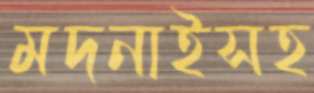
মদনাইসহ